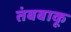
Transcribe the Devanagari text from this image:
तंबबाकू